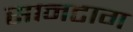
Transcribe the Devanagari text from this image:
सानटाग